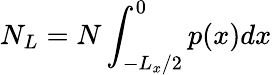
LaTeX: N_{L}=N\int_{-L_{x}/2}^{0}p(x)dx